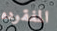
المفقوده